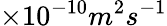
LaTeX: \times 10^{-10}m^{2}s^{-1}